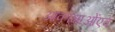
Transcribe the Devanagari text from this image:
आकांक्षाओंएवं